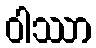
ဝါဿာ